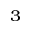
^ 3